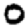
Digit: 0